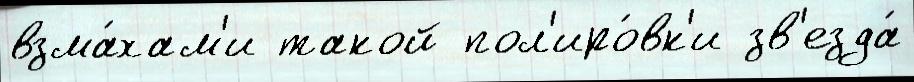
взма́хам'и такой пол'иро́вк'и зв'езда́